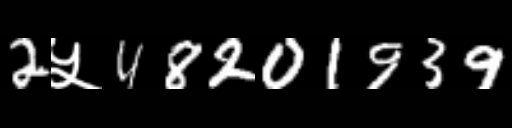
Text: 2५48201939